Civil Veterinary Department. Madras. Admin. report 1910-25 - 1910-1925
Year: 1910
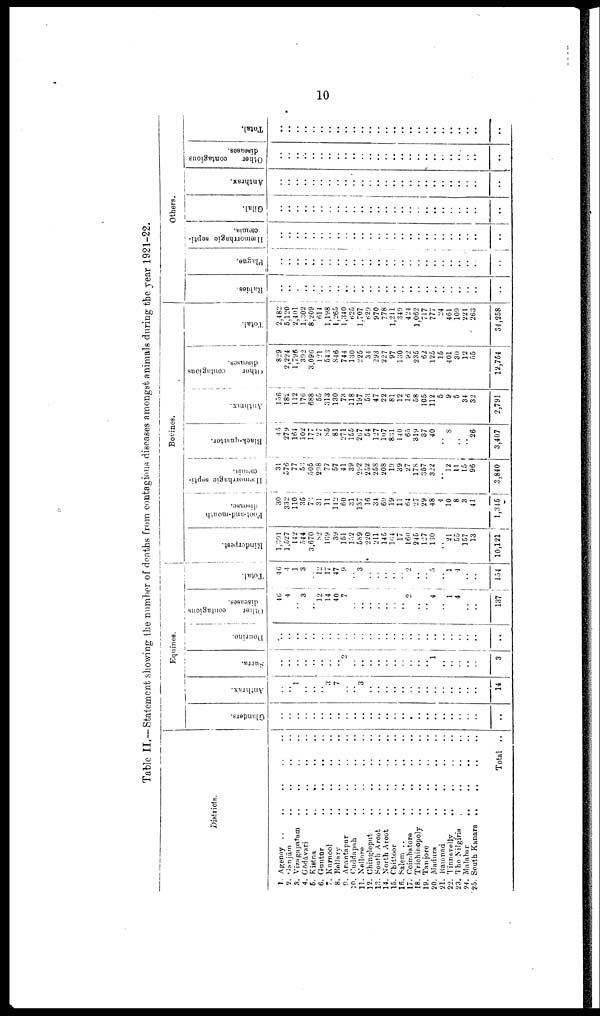
10
Table II.— Statement showing the number of deaths from contagions diseases amongst animals during the year 1921-22.
Districts.
1. Agency .. .. .. .. ..
2. Ganjām .. .. .. .. ..
3. Vizagapatam .. .. .. .. ..
4. Gōdavāri .. .. .. .. ..
5. Kistna .. .. .. .. ..
6. Guntur
..
..
..
..
..
7. Kurnool .. .. .. .. ..
8. Bellary
..
..
..
..
..
9. Anantapur .. .. .. .. ..
10. Cuddapah .. .. .. .. ..
11. Nellore .. .. .. .. ..
12. Chingleput .. .. .. .. ..
13. South Arcot
..
..
..
..
..
14. North Arcot .. .. .. .. ..
15. Chittoor .. .. .. .. ..
16. Salem .. .. .. .. ..
17. Coimbatore .. .. .. .. ..
18. Trichinopoly
..
..
..
..
..
19. Tanjore .. .. .. .. ..
20. Madura
..
..
..
..
..
21. Ramnad .. .. .. .. ..
22. Tinnevelly .. .. .. .. ..
23. The Nilgiris .. .. .. .. ..
24. Malabar
..
..
..
..
..
25. South Kanara .. .. .. .. ..
Total ..
Equines.
Glanders.
..
..
..
..
..
..
..
..
..
..
..
..
..
..
..
..
..
..
..
..
..
..
..
..
..
..
Anthrax.
..
..
1
..
..
..
3
7
..
..
3
..
..
..
..
..
..
..
..
..
..
..
..
..
..
14
Surra.
..
..
..
..
..
..
..
..
2
..
..
..
..
..
..
..
..
..
..
1
..
..
..
..
..
3
Dourine.
..
..
..
..
..
..
..
..
..
..
..
..
..
..
..
..
..
..
..
..
..
..
..
..
..
..
Other
contagious
diseases.
46
4
..
3
..
12
14
40
7
..
..
..
..
..
..
..
2
..
..
4
..
1
4
..
..
137
Total.
46
4
1
3
..
12
17
47
9
..
3
..
..
..
..
..
2
..
..
5
..
1
4
..
..
154
Bovines.
Rinderpest.
1,391
1,527
142
544
3,670
82
169
39
151
152
5S9
220
211
145
104
17
160
245
127
130
..
21
55
157
13
10,121
Foot-and-mouth
disease.
30
332
110
35
73
31
11
112
60
31
137
16
34
69
19
11
64
27
29
48
4
10
8
3
41
1,345
Hæmorrhagic septi-
cæmia.
31
576
77
53
505
298
77
57
41
39
292
252
258
208
19
39
27
178
357
322
..
12
11
15
96
3,840
Black-quarter.
45
279
164
102
177
27
S5
81
271
155
267
54
127
107
831
140
65
319
37
40
8
..
..
26
3,407
Anthrax.
156
182
112
176
688
55
313
130
73
118
197
53
47
22
81
12
16
58
1C5
112
5
9
5
34
32
2,791
Other
contagious
diseases.
829
2,224
1,796
392
3,096
121
543
846
744
130
225
34
293
227
97
130
92
235
62
125
15
401
30
12
55
12,754
Total.
2,482
5,120
2,401
1,302
8,209
614
1,198
1,265
1,340
625
1,707
629
970
778
1,211
349
424
1,062
717
777
24
461
109
221
263
34,258
Others.
Rabies.
..
..
..
..
..
..
..
..
..
..
..
..
..
..
..
..
..
..
..
..
..
..
..
..
..
..
Plague.
..
..
..
..
..
..
..
..
..
..
..
..
..
..
..
..
..
..
..
..
..
..
..
..
..
..
Hæorrhagie septicæmia.
..
..
..
..
..
..
..
..
..
..
..
..
..
..
..
..
..
..
..
..
..
..
..
..
..
..
Gilal.
..
..
..
..
..
..
..
..
..
..
..
..
..
..
..
..
..
..
..
..
..
..
..
..
..
..
Anthrax.
..
..
..
..
..
..
..
..
..
..
..
..
..
..
..
..
..
..
..
..
..
..
..
..
..
..
Other
contagious
diseases.
..
..
..
..
..
..
..
..
..
..
..
..
..
..
..
..
..
..
..
..
..
..
..
..
..
..
Total.
..
..
..
..
..
..
..
..
..
..
..
..
..
..
..
..
..
..
..
..
..
..
..
..
..
..